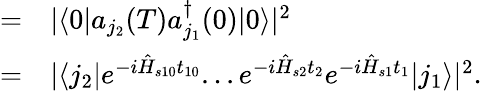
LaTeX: \begin{array}{rl}{=}&{{}|\langle 0|a_{j_{2}}(T)a_{j_{1}}^{\dagger}(0)|0\rangle|^{2}}\\ {=}&{{}|\langle j_{2}|e^{-i\hat{H}_{s10}t_{10}}...e^{-i\hat{H}_{s2}t_{2}}e^{-i\hat{H}_{s1}t_{1}}|j_{1}\rangle|^{2}.}\end{array}